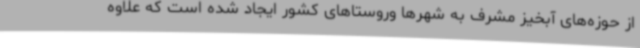
از حوزه‌های آبخیز مشرف به شهرها وروستاهای کشور ایجاد شده است که علاوه